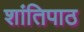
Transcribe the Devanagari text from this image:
शांतिपाठ